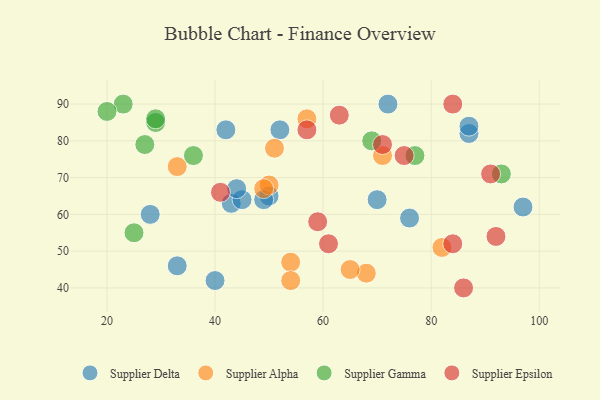
{"axis": {"x": "GDP", "y": "Life Expectancy"}, "legend": ["Supplier Alpha", "Supplier Delta", "Supplier Epsilon", "Supplier Gamma"], "data": [{"x": "43", "y": 63, "type": "Supplier Delta"}, {"x": "40", "y": 42, "type": "Supplier Delta"}, {"x": "45", "y": 64, "type": "Supplier Delta"}, {"x": "70", "y": 64, "type": "Supplier Delta"}, {"x": "42", "y": 83, "type": "Supplier Delta"}, {"x": "72", "y": 90, "type": "Supplier Delta"}, {"x": "50", "y": 65, "type": "Supplier Delta"}, {"x": "44", "y": 67, "type": "Supplier Delta"}, {"x": "97", "y": 62, "type": "Supplier Delta"}, {"x": "33", "y": 46, "type": "Supplier Delta"}, {"x": "28", "y": 60, "type": "Supplier Delta"}, {"x": "87", "y": 82, "type": "Supplier Delta"}, {"x": "52", "y": 83, "type": "Supplier Delta"}, {"x": "76", "y": 59, "type": "Supplier Delta"}, {"x": "87", "y": 84, "type": "Supplier Delta"}, {"x": "49", "y": 64, "type": "Supplier Delta"}, {"x": "51", "y": 78, "type": "Supplier Alpha"}, {"x": "68", "y": 44, "type": "Supplier Alpha"}, {"x": "65", "y": 45, "type": "Supplier Alpha"}, {"x": "50", "y": 68, "type": "Supplier Alpha"}, {"x": "57", "y": 86, "type": "Supplier Alpha"}, {"x": "54", "y": 47, "type": "Supplier Alpha"}, {"x": "71", "y": 76, "type": "Supplier Alpha"}, {"x": "33", "y": 73, "type": "Supplier Alpha"}, {"x": "82", "y": 51, "type": "Supplier Alpha"}, {"x": "49", "y": 67, "type": "Supplier Alpha"}, {"x": "54", "y": 42, "type": "Supplier Alpha"}, {"x": "27", "y": 79, "type": "Supplier Gamma"}, {"x": "25", "y": 55, "type": "Supplier Gamma"}, {"x": "23", "y": 90, "type": "Supplier Gamma"}, {"x": "69", "y": 80, "type": "Supplier Gamma"}, {"x": "36", "y": 76, "type": "Supplier Gamma"}, {"x": "20", "y": 88, "type": "Supplier Gamma"}, {"x": "29", "y": 85, "type": "Supplier Gamma"}, {"x": "77", "y": 76, "type": "Supplier Gamma"}, {"x": "93", "y": 71, "type": "Supplier Gamma"}, {"x": "29", "y": 86, "type": "Supplier Gamma"}, {"x": "91", "y": 71, "type": "Supplier Epsilon"}, {"x": "59", "y": 58, "type": "Supplier Epsilon"}, {"x": "75", "y": 76, "type": "Supplier Epsilon"}, {"x": "63", "y": 87, "type": "Supplier Epsilon"}, {"x": "61", "y": 52, "type": "Supplier Epsilon"}, {"x": "92", "y": 54, "type": "Supplier Epsilon"}, {"x": "41", "y": 66, "type": "Supplier Epsilon"}, {"x": "71", "y": 79, "type": "Supplier Epsilon"}, {"x": "57", "y": 83, "type": "Supplier Epsilon"}, {"x": "84", "y": 52, "type": "Supplier Epsilon"}, {"x": "84", "y": 90, "type": "Supplier Epsilon"}, {"x": "86", "y": 40, "type": "Supplier Epsilon"}]}